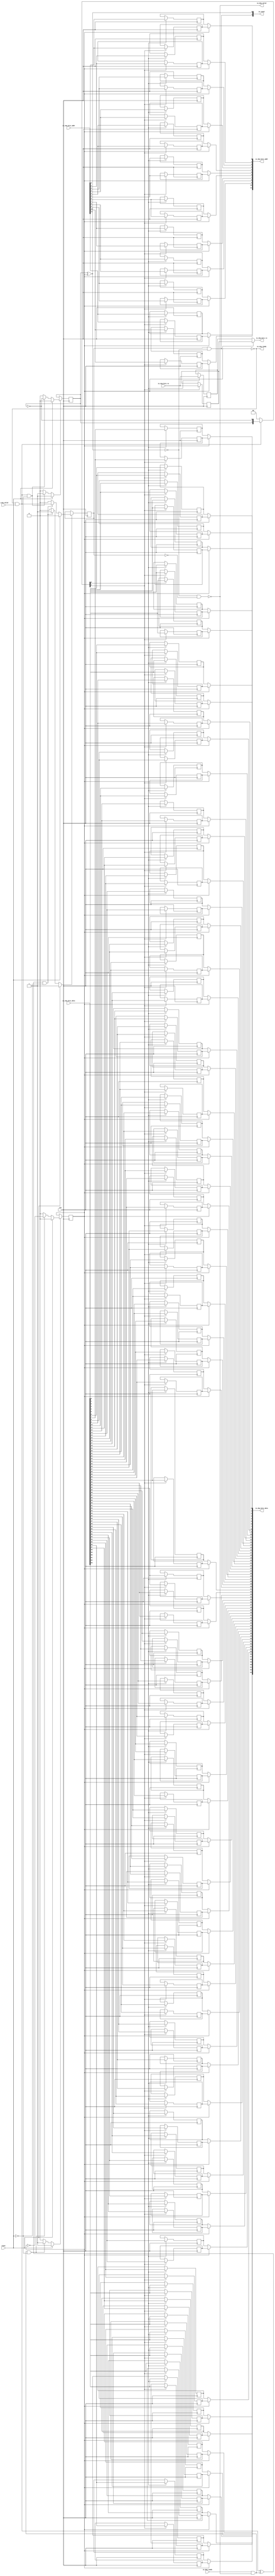
module Queue_0
(
  clk,
  reset,
  io_enq_ready,
  io_enq_valid,
  io_enq_bits_rw,
  io_enq_bits_addr,
  io_enq_bits_data,
  io_deq_ready,
  io_deq_valid,
  io_deq_bits_rw,
  io_deq_bits_addr,
  io_deq_bits_data,
  io_count
);

  input [11:0] io_enq_bits_addr;
  input [63:0] io_enq_bits_data;
  output [11:0] io_deq_bits_addr;
  output [63:0] io_deq_bits_data;
  output [1:0] io_count;
  input clk;
  input reset;
  input io_enq_valid;
  input io_enq_bits_rw;
  input io_deq_ready;
  output io_enq_ready;
  output io_deq_valid;
  output io_deq_bits_rw;
  wire [11:0] io_deq_bits_addr;
  wire [63:0] io_deq_bits_data;
  wire [1:0] io_count;
  wire io_enq_ready,io_deq_valid,io_deq_bits_rw,N0,N1,N2,N3,N4,do_deq,T3,do_enq,T6,
  ptr_match,T9,N5,empty,T19,full,N6,N7,N8,N9,N10,N11,N12,N13,N14,N15,N16,N17,N18,N19,
  N21,N22,N23,N24,N25,N26;
  reg R1,N20,maybe_full;
  reg [153:0] ram;
  assign N0 = N20 ^ R1;
  assign ptr_match = ~N0;
  assign T9 = do_enq ^ do_deq;
  assign io_deq_bits_rw = (N5)? ram[76] : 
                          (N1)? ram[153] : 1'b0;
  assign N1 = R1;
  assign io_deq_bits_addr[11] = (N5)? ram[75] : 
                                (N1)? ram[152] : 1'b0;
  assign io_deq_bits_addr[10] = (N5)? ram[74] : 
                                (N1)? ram[151] : 1'b0;
  assign io_deq_bits_addr[9] = (N5)? ram[73] : 
                               (N1)? ram[150] : 1'b0;
  assign io_deq_bits_addr[8] = (N5)? ram[72] : 
                               (N1)? ram[149] : 1'b0;
  assign io_deq_bits_addr[7] = (N5)? ram[71] : 
                               (N1)? ram[148] : 1'b0;
  assign io_deq_bits_addr[6] = (N5)? ram[70] : 
                               (N1)? ram[147] : 1'b0;
  assign io_deq_bits_addr[5] = (N5)? ram[69] : 
                               (N1)? ram[146] : 1'b0;
  assign io_deq_bits_addr[4] = (N5)? ram[68] : 
                               (N1)? ram[145] : 1'b0;
  assign io_deq_bits_addr[3] = (N5)? ram[67] : 
                               (N1)? ram[144] : 1'b0;
  assign io_deq_bits_addr[2] = (N5)? ram[66] : 
                               (N1)? ram[143] : 1'b0;
  assign io_deq_bits_addr[1] = (N5)? ram[65] : 
                               (N1)? ram[142] : 1'b0;
  assign io_deq_bits_addr[0] = (N5)? ram[64] : 
                               (N1)? ram[141] : 1'b0;
  assign io_deq_bits_data[63] = (N5)? ram[63] : 
                                (N1)? ram[140] : 1'b0;
  assign io_deq_bits_data[62] = (N5)? ram[62] : 
                                (N1)? ram[139] : 1'b0;
  assign io_deq_bits_data[61] = (N5)? ram[61] : 
                                (N1)? ram[138] : 1'b0;
  assign io_deq_bits_data[60] = (N5)? ram[60] : 
                                (N1)? ram[137] : 1'b0;
  assign io_deq_bits_data[59] = (N5)? ram[59] : 
                                (N1)? ram[136] : 1'b0;
  assign io_deq_bits_data[58] = (N5)? ram[58] : 
                                (N1)? ram[135] : 1'b0;
  assign io_deq_bits_data[57] = (N5)? ram[57] : 
                                (N1)? ram[134] : 1'b0;
  assign io_deq_bits_data[56] = (N5)? ram[56] : 
                                (N1)? ram[133] : 1'b0;
  assign io_deq_bits_data[55] = (N5)? ram[55] : 
                                (N1)? ram[132] : 1'b0;
  assign io_deq_bits_data[54] = (N5)? ram[54] : 
                                (N1)? ram[131] : 1'b0;
  assign io_deq_bits_data[53] = (N5)? ram[53] : 
                                (N1)? ram[130] : 1'b0;
  assign io_deq_bits_data[52] = (N5)? ram[52] : 
                                (N1)? ram[129] : 1'b0;
  assign io_deq_bits_data[51] = (N5)? ram[51] : 
                                (N1)? ram[128] : 1'b0;
  assign io_deq_bits_data[50] = (N5)? ram[50] : 
                                (N1)? ram[127] : 1'b0;
  assign io_deq_bits_data[49] = (N5)? ram[49] : 
                                (N1)? ram[126] : 1'b0;
  assign io_deq_bits_data[48] = (N5)? ram[48] : 
                                (N1)? ram[125] : 1'b0;
  assign io_deq_bits_data[47] = (N5)? ram[47] : 
                                (N1)? ram[124] : 1'b0;
  assign io_deq_bits_data[46] = (N5)? ram[46] : 
                                (N1)? ram[123] : 1'b0;
  assign io_deq_bits_data[45] = (N5)? ram[45] : 
                                (N1)? ram[122] : 1'b0;
  assign io_deq_bits_data[44] = (N5)? ram[44] : 
                                (N1)? ram[121] : 1'b0;
  assign io_deq_bits_data[43] = (N5)? ram[43] : 
                                (N1)? ram[120] : 1'b0;
  assign io_deq_bits_data[42] = (N5)? ram[42] : 
                                (N1)? ram[119] : 1'b0;
  assign io_deq_bits_data[41] = (N5)? ram[41] : 
                                (N1)? ram[118] : 1'b0;
  assign io_deq_bits_data[40] = (N5)? ram[40] : 
                                (N1)? ram[117] : 1'b0;
  assign io_deq_bits_data[39] = (N5)? ram[39] : 
                                (N1)? ram[116] : 1'b0;
  assign io_deq_bits_data[38] = (N5)? ram[38] : 
                                (N1)? ram[115] : 1'b0;
  assign io_deq_bits_data[37] = (N5)? ram[37] : 
                                (N1)? ram[114] : 1'b0;
  assign io_deq_bits_data[36] = (N5)? ram[36] : 
                                (N1)? ram[113] : 1'b0;
  assign io_deq_bits_data[35] = (N5)? ram[35] : 
                                (N1)? ram[112] : 1'b0;
  assign io_deq_bits_data[34] = (N5)? ram[34] : 
                                (N1)? ram[111] : 1'b0;
  assign io_deq_bits_data[33] = (N5)? ram[33] : 
                                (N1)? ram[110] : 1'b0;
  assign io_deq_bits_data[32] = (N5)? ram[32] : 
                                (N1)? ram[109] : 1'b0;
  assign io_deq_bits_data[31] = (N5)? ram[31] : 
                                (N1)? ram[108] : 1'b0;
  assign io_deq_bits_data[30] = (N5)? ram[30] : 
                                (N1)? ram[107] : 1'b0;
  assign io_deq_bits_data[29] = (N5)? ram[29] : 
                                (N1)? ram[106] : 1'b0;
  assign io_deq_bits_data[28] = (N5)? ram[28] : 
                                (N1)? ram[105] : 1'b0;
  assign io_deq_bits_data[27] = (N5)? ram[27] : 
                                (N1)? ram[104] : 1'b0;
  assign io_deq_bits_data[26] = (N5)? ram[26] : 
                                (N1)? ram[103] : 1'b0;
  assign io_deq_bits_data[25] = (N5)? ram[25] : 
                                (N1)? ram[102] : 1'b0;
  assign io_deq_bits_data[24] = (N5)? ram[24] : 
                                (N1)? ram[101] : 1'b0;
  assign io_deq_bits_data[23] = (N5)? ram[23] : 
                                (N1)? ram[100] : 1'b0;
  assign io_deq_bits_data[22] = (N5)? ram[22] : 
                                (N1)? ram[99] : 1'b0;
  assign io_deq_bits_data[21] = (N5)? ram[21] : 
                                (N1)? ram[98] : 1'b0;
  assign io_deq_bits_data[20] = (N5)? ram[20] : 
                                (N1)? ram[97] : 1'b0;
  assign io_deq_bits_data[19] = (N5)? ram[19] : 
                                (N1)? ram[96] : 1'b0;
  assign io_deq_bits_data[18] = (N5)? ram[18] : 
                                (N1)? ram[95] : 1'b0;
  assign io_deq_bits_data[17] = (N5)? ram[17] : 
                                (N1)? ram[94] : 1'b0;
  assign io_deq_bits_data[16] = (N5)? ram[16] : 
                                (N1)? ram[93] : 1'b0;
  assign io_deq_bits_data[15] = (N5)? ram[15] : 
                                (N1)? ram[92] : 1'b0;
  assign io_deq_bits_data[14] = (N5)? ram[14] : 
                                (N1)? ram[91] : 1'b0;
  assign io_deq_bits_data[13] = (N5)? ram[13] : 
                                (N1)? ram[90] : 1'b0;
  assign io_deq_bits_data[12] = (N5)? ram[12] : 
                                (N1)? ram[89] : 1'b0;
  assign io_deq_bits_data[11] = (N5)? ram[11] : 
                                (N1)? ram[88] : 1'b0;
  assign io_deq_bits_data[10] = (N5)? ram[10] : 
                                (N1)? ram[87] : 1'b0;
  assign io_deq_bits_data[9] = (N5)? ram[9] : 
                               (N1)? ram[86] : 1'b0;
  assign io_deq_bits_data[8] = (N5)? ram[8] : 
                               (N1)? ram[85] : 1'b0;
  assign io_deq_bits_data[7] = (N5)? ram[7] : 
                               (N1)? ram[84] : 1'b0;
  assign io_deq_bits_data[6] = (N5)? ram[6] : 
                               (N1)? ram[83] : 1'b0;
  assign io_deq_bits_data[5] = (N5)? ram[5] : 
                               (N1)? ram[82] : 1'b0;
  assign io_deq_bits_data[4] = (N5)? ram[4] : 
                               (N1)? ram[81] : 1'b0;
  assign io_deq_bits_data[3] = (N5)? ram[3] : 
                               (N1)? ram[80] : 1'b0;
  assign io_deq_bits_data[2] = (N5)? ram[2] : 
                               (N1)? ram[79] : 1'b0;
  assign io_deq_bits_data[1] = (N5)? ram[1] : 
                               (N1)? ram[78] : 1'b0;
  assign io_deq_bits_data[0] = (N5)? ram[0] : 
                               (N1)? ram[77] : 1'b0;

  always @(posedge clk) begin
    if(N8) begin
      R1 <= N9;
    end 
  end


  always @(posedge clk) begin
    if(N12) begin
      N20 <= N13;
    end 
  end


  always @(posedge clk) begin
    if(N16) begin
      maybe_full <= N17;
    end 
  end


  always @(posedge clk) begin
    if(N22) begin
      ram[153] <= io_enq_bits_rw;
    end 
  end


  always @(posedge clk) begin
    if(N22) begin
      ram[152] <= io_enq_bits_addr[11];
    end 
  end


  always @(posedge clk) begin
    if(N22) begin
      ram[151] <= io_enq_bits_addr[10];
    end 
  end


  always @(posedge clk) begin
    if(N22) begin
      ram[150] <= io_enq_bits_addr[9];
    end 
  end


  always @(posedge clk) begin
    if(N22) begin
      ram[149] <= io_enq_bits_addr[8];
    end 
  end


  always @(posedge clk) begin
    if(N22) begin
      ram[148] <= io_enq_bits_addr[7];
    end 
  end


  always @(posedge clk) begin
    if(N22) begin
      ram[147] <= io_enq_bits_addr[6];
    end 
  end


  always @(posedge clk) begin
    if(N22) begin
      ram[146] <= io_enq_bits_addr[5];
    end 
  end


  always @(posedge clk) begin
    if(N22) begin
      ram[145] <= io_enq_bits_addr[4];
    end 
  end


  always @(posedge clk) begin
    if(N22) begin
      ram[144] <= io_enq_bits_addr[3];
    end 
  end


  always @(posedge clk) begin
    if(N22) begin
      ram[143] <= io_enq_bits_addr[2];
    end 
  end


  always @(posedge clk) begin
    if(N22) begin
      ram[142] <= io_enq_bits_addr[1];
    end 
  end


  always @(posedge clk) begin
    if(N22) begin
      ram[141] <= io_enq_bits_addr[0];
    end 
  end


  always @(posedge clk) begin
    if(N22) begin
      ram[140] <= io_enq_bits_data[63];
    end 
  end


  always @(posedge clk) begin
    if(N22) begin
      ram[139] <= io_enq_bits_data[62];
    end 
  end


  always @(posedge clk) begin
    if(N22) begin
      ram[138] <= io_enq_bits_data[61];
    end 
  end


  always @(posedge clk) begin
    if(N22) begin
      ram[137] <= io_enq_bits_data[60];
    end 
  end


  always @(posedge clk) begin
    if(N22) begin
      ram[136] <= io_enq_bits_data[59];
    end 
  end


  always @(posedge clk) begin
    if(N22) begin
      ram[135] <= io_enq_bits_data[58];
    end 
  end


  always @(posedge clk) begin
    if(N22) begin
      ram[134] <= io_enq_bits_data[57];
    end 
  end


  always @(posedge clk) begin
    if(N22) begin
      ram[133] <= io_enq_bits_data[56];
    end 
  end


  always @(posedge clk) begin
    if(N22) begin
      ram[132] <= io_enq_bits_data[55];
    end 
  end


  always @(posedge clk) begin
    if(N22) begin
      ram[131] <= io_enq_bits_data[54];
    end 
  end


  always @(posedge clk) begin
    if(N22) begin
      ram[130] <= io_enq_bits_data[53];
    end 
  end


  always @(posedge clk) begin
    if(N22) begin
      ram[129] <= io_enq_bits_data[52];
    end 
  end


  always @(posedge clk) begin
    if(N22) begin
      ram[128] <= io_enq_bits_data[51];
    end 
  end


  always @(posedge clk) begin
    if(N22) begin
      ram[127] <= io_enq_bits_data[50];
    end 
  end


  always @(posedge clk) begin
    if(N22) begin
      ram[126] <= io_enq_bits_data[49];
    end 
  end


  always @(posedge clk) begin
    if(N22) begin
      ram[125] <= io_enq_bits_data[48];
    end 
  end


  always @(posedge clk) begin
    if(N22) begin
      ram[124] <= io_enq_bits_data[47];
    end 
  end


  always @(posedge clk) begin
    if(N22) begin
      ram[123] <= io_enq_bits_data[46];
    end 
  end


  always @(posedge clk) begin
    if(N22) begin
      ram[122] <= io_enq_bits_data[45];
    end 
  end


  always @(posedge clk) begin
    if(N22) begin
      ram[121] <= io_enq_bits_data[44];
    end 
  end


  always @(posedge clk) begin
    if(N22) begin
      ram[120] <= io_enq_bits_data[43];
    end 
  end


  always @(posedge clk) begin
    if(N22) begin
      ram[119] <= io_enq_bits_data[42];
    end 
  end


  always @(posedge clk) begin
    if(N22) begin
      ram[118] <= io_enq_bits_data[41];
    end 
  end


  always @(posedge clk) begin
    if(N22) begin
      ram[117] <= io_enq_bits_data[40];
    end 
  end


  always @(posedge clk) begin
    if(N22) begin
      ram[116] <= io_enq_bits_data[39];
    end 
  end


  always @(posedge clk) begin
    if(N22) begin
      ram[115] <= io_enq_bits_data[38];
    end 
  end


  always @(posedge clk) begin
    if(N22) begin
      ram[114] <= io_enq_bits_data[37];
    end 
  end


  always @(posedge clk) begin
    if(N22) begin
      ram[113] <= io_enq_bits_data[36];
    end 
  end


  always @(posedge clk) begin
    if(N22) begin
      ram[112] <= io_enq_bits_data[35];
    end 
  end


  always @(posedge clk) begin
    if(N22) begin
      ram[111] <= io_enq_bits_data[34];
    end 
  end


  always @(posedge clk) begin
    if(N22) begin
      ram[110] <= io_enq_bits_data[33];
    end 
  end


  always @(posedge clk) begin
    if(N22) begin
      ram[109] <= io_enq_bits_data[32];
    end 
  end


  always @(posedge clk) begin
    if(N22) begin
      ram[108] <= io_enq_bits_data[31];
    end 
  end


  always @(posedge clk) begin
    if(N22) begin
      ram[107] <= io_enq_bits_data[30];
    end 
  end


  always @(posedge clk) begin
    if(N22) begin
      ram[106] <= io_enq_bits_data[29];
    end 
  end


  always @(posedge clk) begin
    if(N22) begin
      ram[105] <= io_enq_bits_data[28];
    end 
  end


  always @(posedge clk) begin
    if(N22) begin
      ram[104] <= io_enq_bits_data[27];
    end 
  end


  always @(posedge clk) begin
    if(N22) begin
      ram[103] <= io_enq_bits_data[26];
    end 
  end


  always @(posedge clk) begin
    if(N22) begin
      ram[102] <= io_enq_bits_data[25];
    end 
  end


  always @(posedge clk) begin
    if(N22) begin
      ram[101] <= io_enq_bits_data[24];
    end 
  end


  always @(posedge clk) begin
    if(N22) begin
      ram[100] <= io_enq_bits_data[23];
    end 
  end


  always @(posedge clk) begin
    if(N22) begin
      ram[99] <= io_enq_bits_data[22];
    end 
  end


  always @(posedge clk) begin
    if(N22) begin
      ram[98] <= io_enq_bits_data[21];
    end 
  end


  always @(posedge clk) begin
    if(N22) begin
      ram[97] <= io_enq_bits_data[20];
    end 
  end


  always @(posedge clk) begin
    if(N22) begin
      ram[96] <= io_enq_bits_data[19];
    end 
  end


  always @(posedge clk) begin
    if(N22) begin
      ram[95] <= io_enq_bits_data[18];
    end 
  end


  always @(posedge clk) begin
    if(N22) begin
      ram[94] <= io_enq_bits_data[17];
    end 
  end


  always @(posedge clk) begin
    if(N22) begin
      ram[93] <= io_enq_bits_data[16];
    end 
  end


  always @(posedge clk) begin
    if(N22) begin
      ram[92] <= io_enq_bits_data[15];
    end 
  end


  always @(posedge clk) begin
    if(N22) begin
      ram[91] <= io_enq_bits_data[14];
    end 
  end


  always @(posedge clk) begin
    if(N22) begin
      ram[90] <= io_enq_bits_data[13];
    end 
  end


  always @(posedge clk) begin
    if(N22) begin
      ram[89] <= io_enq_bits_data[12];
    end 
  end


  always @(posedge clk) begin
    if(N22) begin
      ram[88] <= io_enq_bits_data[11];
    end 
  end


  always @(posedge clk) begin
    if(N22) begin
      ram[87] <= io_enq_bits_data[10];
    end 
  end


  always @(posedge clk) begin
    if(N22) begin
      ram[86] <= io_enq_bits_data[9];
    end 
  end


  always @(posedge clk) begin
    if(N22) begin
      ram[85] <= io_enq_bits_data[8];
    end 
  end


  always @(posedge clk) begin
    if(N22) begin
      ram[84] <= io_enq_bits_data[7];
    end 
  end


  always @(posedge clk) begin
    if(N22) begin
      ram[83] <= io_enq_bits_data[6];
    end 
  end


  always @(posedge clk) begin
    if(N22) begin
      ram[82] <= io_enq_bits_data[5];
    end 
  end


  always @(posedge clk) begin
    if(N22) begin
      ram[81] <= io_enq_bits_data[4];
    end 
  end


  always @(posedge clk) begin
    if(N22) begin
      ram[80] <= io_enq_bits_data[3];
    end 
  end


  always @(posedge clk) begin
    if(N22) begin
      ram[79] <= io_enq_bits_data[2];
    end 
  end


  always @(posedge clk) begin
    if(N22) begin
      ram[78] <= io_enq_bits_data[1];
    end 
  end


  always @(posedge clk) begin
    if(N22) begin
      ram[77] <= io_enq_bits_data[0];
    end 
  end


  always @(posedge clk) begin
    if(N21) begin
      ram[76] <= io_enq_bits_rw;
    end 
  end


  always @(posedge clk) begin
    if(N21) begin
      ram[75] <= io_enq_bits_addr[11];
    end 
  end


  always @(posedge clk) begin
    if(N21) begin
      ram[74] <= io_enq_bits_addr[10];
    end 
  end


  always @(posedge clk) begin
    if(N21) begin
      ram[73] <= io_enq_bits_addr[9];
    end 
  end


  always @(posedge clk) begin
    if(N21) begin
      ram[72] <= io_enq_bits_addr[8];
    end 
  end


  always @(posedge clk) begin
    if(N21) begin
      ram[71] <= io_enq_bits_addr[7];
    end 
  end


  always @(posedge clk) begin
    if(N21) begin
      ram[70] <= io_enq_bits_addr[6];
    end 
  end


  always @(posedge clk) begin
    if(N21) begin
      ram[69] <= io_enq_bits_addr[5];
    end 
  end


  always @(posedge clk) begin
    if(N21) begin
      ram[68] <= io_enq_bits_addr[4];
    end 
  end


  always @(posedge clk) begin
    if(N21) begin
      ram[67] <= io_enq_bits_addr[3];
    end 
  end


  always @(posedge clk) begin
    if(N21) begin
      ram[66] <= io_enq_bits_addr[2];
    end 
  end


  always @(posedge clk) begin
    if(N21) begin
      ram[65] <= io_enq_bits_addr[1];
    end 
  end


  always @(posedge clk) begin
    if(N21) begin
      ram[64] <= io_enq_bits_addr[0];
    end 
  end


  always @(posedge clk) begin
    if(N21) begin
      ram[63] <= io_enq_bits_data[63];
    end 
  end


  always @(posedge clk) begin
    if(N21) begin
      ram[62] <= io_enq_bits_data[62];
    end 
  end


  always @(posedge clk) begin
    if(N21) begin
      ram[61] <= io_enq_bits_data[61];
    end 
  end


  always @(posedge clk) begin
    if(N21) begin
      ram[60] <= io_enq_bits_data[60];
    end 
  end


  always @(posedge clk) begin
    if(N21) begin
      ram[59] <= io_enq_bits_data[59];
    end 
  end


  always @(posedge clk) begin
    if(N21) begin
      ram[58] <= io_enq_bits_data[58];
    end 
  end


  always @(posedge clk) begin
    if(N21) begin
      ram[57] <= io_enq_bits_data[57];
    end 
  end


  always @(posedge clk) begin
    if(N21) begin
      ram[56] <= io_enq_bits_data[56];
    end 
  end


  always @(posedge clk) begin
    if(N21) begin
      ram[55] <= io_enq_bits_data[55];
    end 
  end


  always @(posedge clk) begin
    if(N21) begin
      ram[54] <= io_enq_bits_data[54];
    end 
  end


  always @(posedge clk) begin
    if(N21) begin
      ram[53] <= io_enq_bits_data[53];
    end 
  end


  always @(posedge clk) begin
    if(N21) begin
      ram[52] <= io_enq_bits_data[52];
    end 
  end


  always @(posedge clk) begin
    if(N21) begin
      ram[51] <= io_enq_bits_data[51];
    end 
  end


  always @(posedge clk) begin
    if(N21) begin
      ram[50] <= io_enq_bits_data[50];
    end 
  end


  always @(posedge clk) begin
    if(N21) begin
      ram[49] <= io_enq_bits_data[49];
    end 
  end


  always @(posedge clk) begin
    if(N21) begin
      ram[48] <= io_enq_bits_data[48];
    end 
  end


  always @(posedge clk) begin
    if(N21) begin
      ram[47] <= io_enq_bits_data[47];
    end 
  end


  always @(posedge clk) begin
    if(N21) begin
      ram[46] <= io_enq_bits_data[46];
    end 
  end


  always @(posedge clk) begin
    if(N21) begin
      ram[45] <= io_enq_bits_data[45];
    end 
  end


  always @(posedge clk) begin
    if(N21) begin
      ram[44] <= io_enq_bits_data[44];
    end 
  end


  always @(posedge clk) begin
    if(N21) begin
      ram[43] <= io_enq_bits_data[43];
    end 
  end


  always @(posedge clk) begin
    if(N21) begin
      ram[42] <= io_enq_bits_data[42];
    end 
  end


  always @(posedge clk) begin
    if(N21) begin
      ram[41] <= io_enq_bits_data[41];
    end 
  end


  always @(posedge clk) begin
    if(N21) begin
      ram[40] <= io_enq_bits_data[40];
    end 
  end


  always @(posedge clk) begin
    if(N21) begin
      ram[39] <= io_enq_bits_data[39];
    end 
  end


  always @(posedge clk) begin
    if(N21) begin
      ram[38] <= io_enq_bits_data[38];
    end 
  end


  always @(posedge clk) begin
    if(N21) begin
      ram[37] <= io_enq_bits_data[37];
    end 
  end


  always @(posedge clk) begin
    if(N21) begin
      ram[36] <= io_enq_bits_data[36];
    end 
  end


  always @(posedge clk) begin
    if(N21) begin
      ram[35] <= io_enq_bits_data[35];
    end 
  end


  always @(posedge clk) begin
    if(N21) begin
      ram[34] <= io_enq_bits_data[34];
    end 
  end


  always @(posedge clk) begin
    if(N21) begin
      ram[33] <= io_enq_bits_data[33];
    end 
  end


  always @(posedge clk) begin
    if(N21) begin
      ram[32] <= io_enq_bits_data[32];
    end 
  end


  always @(posedge clk) begin
    if(N21) begin
      ram[31] <= io_enq_bits_data[31];
    end 
  end


  always @(posedge clk) begin
    if(N21) begin
      ram[30] <= io_enq_bits_data[30];
    end 
  end


  always @(posedge clk) begin
    if(N21) begin
      ram[29] <= io_enq_bits_data[29];
    end 
  end


  always @(posedge clk) begin
    if(N21) begin
      ram[28] <= io_enq_bits_data[28];
    end 
  end


  always @(posedge clk) begin
    if(N21) begin
      ram[27] <= io_enq_bits_data[27];
    end 
  end


  always @(posedge clk) begin
    if(N21) begin
      ram[26] <= io_enq_bits_data[26];
    end 
  end


  always @(posedge clk) begin
    if(N21) begin
      ram[25] <= io_enq_bits_data[25];
    end 
  end


  always @(posedge clk) begin
    if(N21) begin
      ram[24] <= io_enq_bits_data[24];
    end 
  end


  always @(posedge clk) begin
    if(N21) begin
      ram[23] <= io_enq_bits_data[23];
    end 
  end


  always @(posedge clk) begin
    if(N21) begin
      ram[22] <= io_enq_bits_data[22];
    end 
  end


  always @(posedge clk) begin
    if(N21) begin
      ram[21] <= io_enq_bits_data[21];
    end 
  end


  always @(posedge clk) begin
    if(N21) begin
      ram[20] <= io_enq_bits_data[20];
    end 
  end


  always @(posedge clk) begin
    if(N21) begin
      ram[19] <= io_enq_bits_data[19];
    end 
  end


  always @(posedge clk) begin
    if(N21) begin
      ram[18] <= io_enq_bits_data[18];
    end 
  end


  always @(posedge clk) begin
    if(N21) begin
      ram[17] <= io_enq_bits_data[17];
    end 
  end


  always @(posedge clk) begin
    if(N21) begin
      ram[16] <= io_enq_bits_data[16];
    end 
  end


  always @(posedge clk) begin
    if(N21) begin
      ram[15] <= io_enq_bits_data[15];
    end 
  end


  always @(posedge clk) begin
    if(N21) begin
      ram[14] <= io_enq_bits_data[14];
    end 
  end


  always @(posedge clk) begin
    if(N21) begin
      ram[13] <= io_enq_bits_data[13];
    end 
  end


  always @(posedge clk) begin
    if(N21) begin
      ram[12] <= io_enq_bits_data[12];
    end 
  end


  always @(posedge clk) begin
    if(N21) begin
      ram[11] <= io_enq_bits_data[11];
    end 
  end


  always @(posedge clk) begin
    if(N21) begin
      ram[10] <= io_enq_bits_data[10];
    end 
  end


  always @(posedge clk) begin
    if(N21) begin
      ram[9] <= io_enq_bits_data[9];
    end 
  end


  always @(posedge clk) begin
    if(N21) begin
      ram[8] <= io_enq_bits_data[8];
    end 
  end


  always @(posedge clk) begin
    if(N21) begin
      ram[7] <= io_enq_bits_data[7];
    end 
  end


  always @(posedge clk) begin
    if(N21) begin
      ram[6] <= io_enq_bits_data[6];
    end 
  end


  always @(posedge clk) begin
    if(N21) begin
      ram[5] <= io_enq_bits_data[5];
    end 
  end


  always @(posedge clk) begin
    if(N21) begin
      ram[4] <= io_enq_bits_data[4];
    end 
  end


  always @(posedge clk) begin
    if(N21) begin
      ram[3] <= io_enq_bits_data[3];
    end 
  end


  always @(posedge clk) begin
    if(N21) begin
      ram[2] <= io_enq_bits_data[2];
    end 
  end


  always @(posedge clk) begin
    if(N21) begin
      ram[1] <= io_enq_bits_data[1];
    end 
  end


  always @(posedge clk) begin
    if(N21) begin
      ram[0] <= io_enq_bits_data[0];
    end 
  end

  assign io_count[0] = N20 ^ R1;
  assign T3 = R1 ^ 1'b1;
  assign T6 = N20 ^ 1'b1;
  assign N19 = ~N20;
  assign N8 = (N2)? 1'b1 : 
              (N24)? 1'b1 : 
              (N7)? 1'b0 : 1'b0;
  assign N2 = reset;
  assign N9 = (N2)? 1'b0 : 
              (N24)? T3 : 1'b0;
  assign N12 = (N2)? 1'b1 : 
               (N25)? 1'b1 : 
               (N11)? 1'b0 : 1'b0;
  assign N13 = (N2)? 1'b0 : 
               (N25)? T6 : 1'b0;
  assign N16 = (N2)? 1'b1 : 
               (N26)? 1'b1 : 
               (N15)? 1'b0 : 1'b0;
  assign N17 = (N2)? 1'b0 : 
               (N26)? do_enq : 1'b0;
  assign { N22, N21 } = (N3)? { N20, N19 } : 
                        (N4)? { 1'b0, 1'b0 } : 1'b0;
  assign N3 = do_enq;
  assign N4 = N18;
  assign do_deq = io_deq_ready & io_deq_valid;
  assign do_enq = io_enq_ready & io_enq_valid;
  assign io_count[1] = maybe_full & ptr_match;
  assign N5 = ~R1;
  assign io_deq_valid = ~empty;
  assign empty = ptr_match & T19;
  assign T19 = ~maybe_full;
  assign io_enq_ready = ~full;
  assign full = ptr_match & maybe_full;
  assign N6 = do_deq | reset;
  assign N7 = ~N6;
  assign N10 = do_enq | reset;
  assign N11 = ~N10;
  assign N14 = T9 | reset;
  assign N15 = ~N14;
  assign N18 = ~do_enq;
  assign N23 = ~reset;
  assign N24 = do_deq & N23;
  assign N25 = do_enq & N23;
  assign N26 = T9 & N23;

endmodule